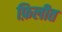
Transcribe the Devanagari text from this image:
फ़िलीत